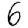
Digit: 6